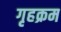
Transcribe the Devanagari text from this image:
गृहक्रम